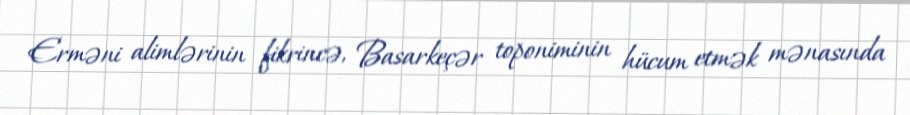
Erməni alimlərinin fikrincə, Basarkeçər toponiminin hücum etmək mənasında